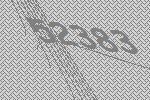
52383